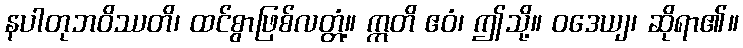
နပါတုဘဝိဿတိ၊ ထင်စွာဖြစ်လတ္တံ့။ ဣတိ ဧဝံ၊ ဤသို့။ ဝဒေယျ၊ ဆိုရာ၏။